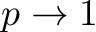
p \rightarrow 1